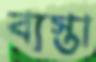
ব্যস্তা